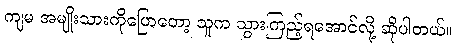
ကျမ အမျိုးသားကိုပြောတော့ သူက သွားကြည့်ရအောင်လို့ ဆိုပါတယ်။